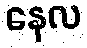
နေလ